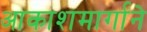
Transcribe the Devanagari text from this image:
आकाशमार्गाने